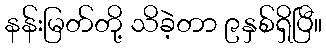
နန်းမြတ်တို့ သိခဲ့တာ ၉နှစ်ရှိပြီ။